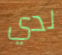
لدي